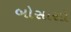
બોસાસો